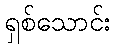
ရှစ်သောင်း